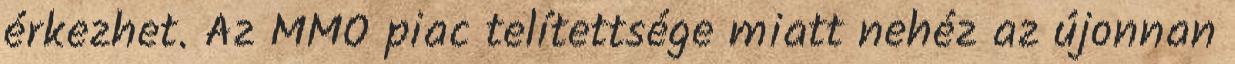
érkezhet. Az MMO piac telítettsége miatt nehéz az újonnan